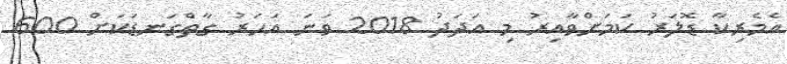
އެމެރިކާ ޑޮލަރު ކަމަށްވާއިރު މި އަދަދު 2018 ވަނަ އަހަރު ގާތްގަނޑަކަށް 600